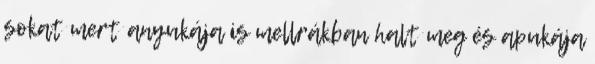
sokat mert anyukája is mellrákban halt meg és apukája